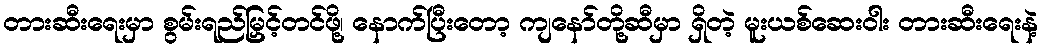
တားဆီးရေးမှာ စွမ်းရည်မြှင့်တင်ဖို့၊ နောက်ပြီးတော့ ကျနော်တို့ဆီမှာ ရှိတဲ့ မူးယစ်ဆေးဝါး တားဆီးရေးနဲ့